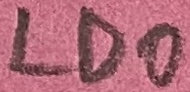
Text: LDO